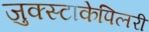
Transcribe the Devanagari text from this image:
जुक्स्टाकेपिलरी